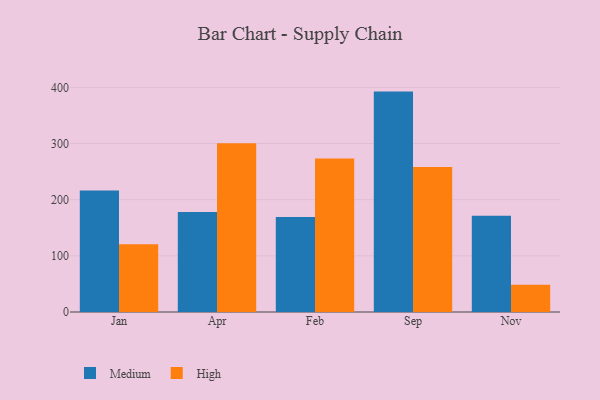
{"axis": {"x": "Month", "y": "Budget (USD K)"}, "legend": ["High", "Medium"], "data": [{"x": "Jan", "y": 216.5, "type": "Medium"}, {"x": "Jan", "y": 120.4, "type": "High"}, {"x": "Apr", "y": 178.1, "type": "Medium"}, {"x": "Apr", "y": 300.6, "type": "High"}, {"x": "Feb", "y": 169.3, "type": "Medium"}, {"x": "Feb", "y": 273.4, "type": "High"}, {"x": "Sep", "y": 392.4, "type": "Medium"}, {"x": "Sep", "y": 258.0, "type": "High"}, {"x": "Nov", "y": 171.3, "type": "Medium"}, {"x": "Nov", "y": 48.7, "type": "High"}]}